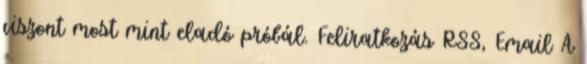
viszont most mint eladó próbál. Feliratkozás RSS, Email A